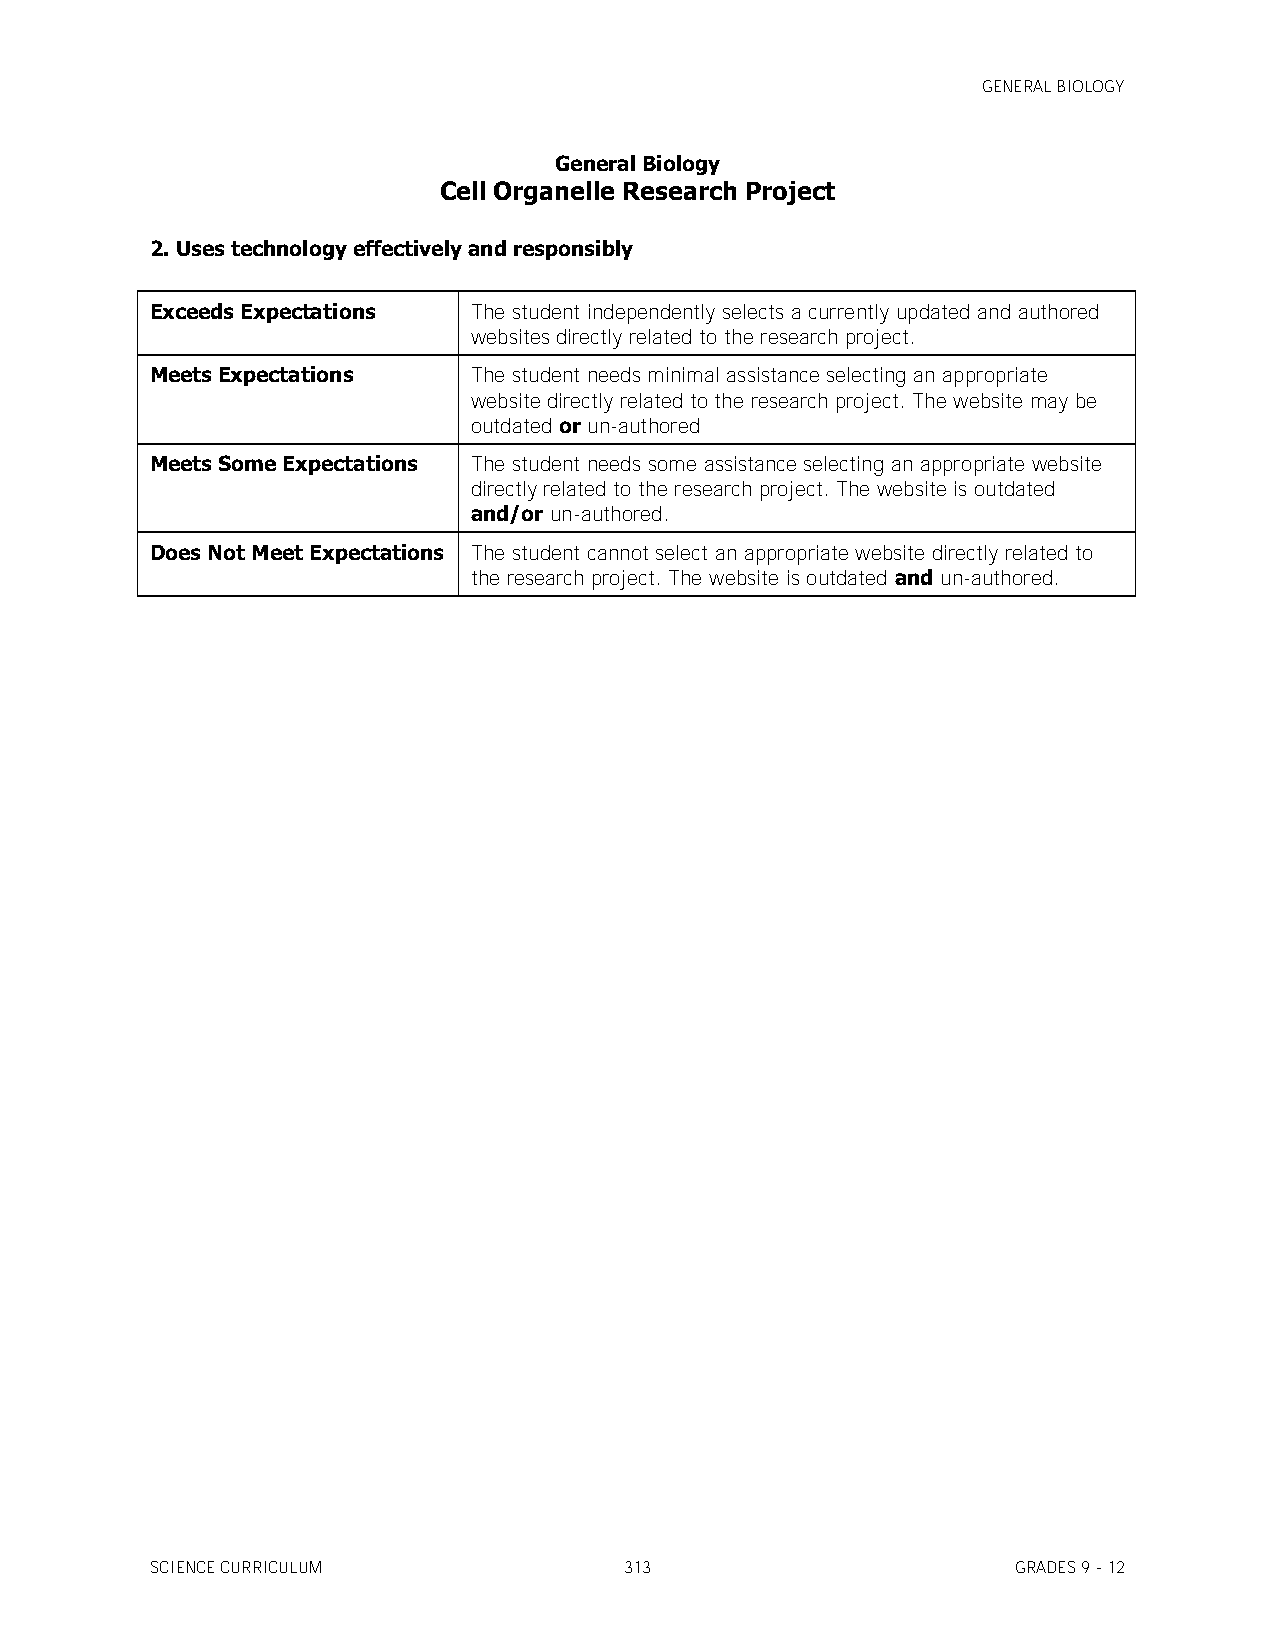
GENERAL BIOLOGY
 General Biology
 Cell Organelle Research Project
 2. Uses technology effectively and responsibly
 Exceeds Expectations The student independently selects a currently updated and authored
 websites directly related to the research project.
 Meets Expectations   The student needs minimal assistance selecting an appropriate
 website directly related to the research project. The website may be
 outdated or un-authored
 Meets Some Expectations The student needs some assistance selecting an appropriate website
 directly related to the research project. The website is outdated
 and/or un-authored.
 Does Not Meet Expectations The student cannot select an appropriate website directly related to
 the research project. The website is outdated and un-authored.
 SCIENCE CURRICULUM             313                       GRADES 9 - 12